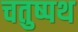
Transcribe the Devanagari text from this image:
चतुष्पथ